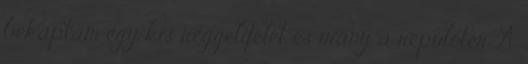
bekaptam egy kis reggelifélét és irány a repülőtér. A